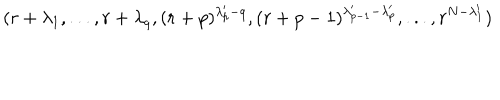
LaTeX: ( r + \lambda _ { 1 } , . . . , r + \lambda _ { q } , ( r + p ) ^ { \lambda _ { p } ^ { \prime } - q } , ( r + p - 1 ) ^ { \lambda _ { p - 1 } ^ { \prime } - \lambda _ { p } ^ { \prime } } , . . . , r ^ { N - \lambda _ { 1 } ^ { \prime } } )